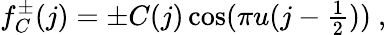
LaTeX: f_{C}^{\pm}(j)=\pm C(j)\cos(\pi u(j-\textstyle\frac{1}{2}))~,